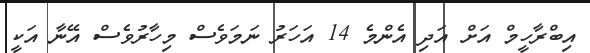
އިބްރާހީމް އަށް އަދި އެންމެ 14 އަހަރު ނަމަވެސް މިހާރުވެސް އޭނާ އަކީ